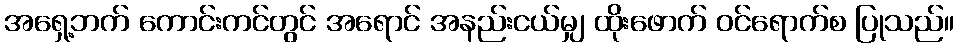
အရှေ့ဘက် ကောင်းကင်တွင် အရောင် အနည်းငယ်မျှ ထိုးဖောက် ဝင်ရောက်စ ပြုသည်။